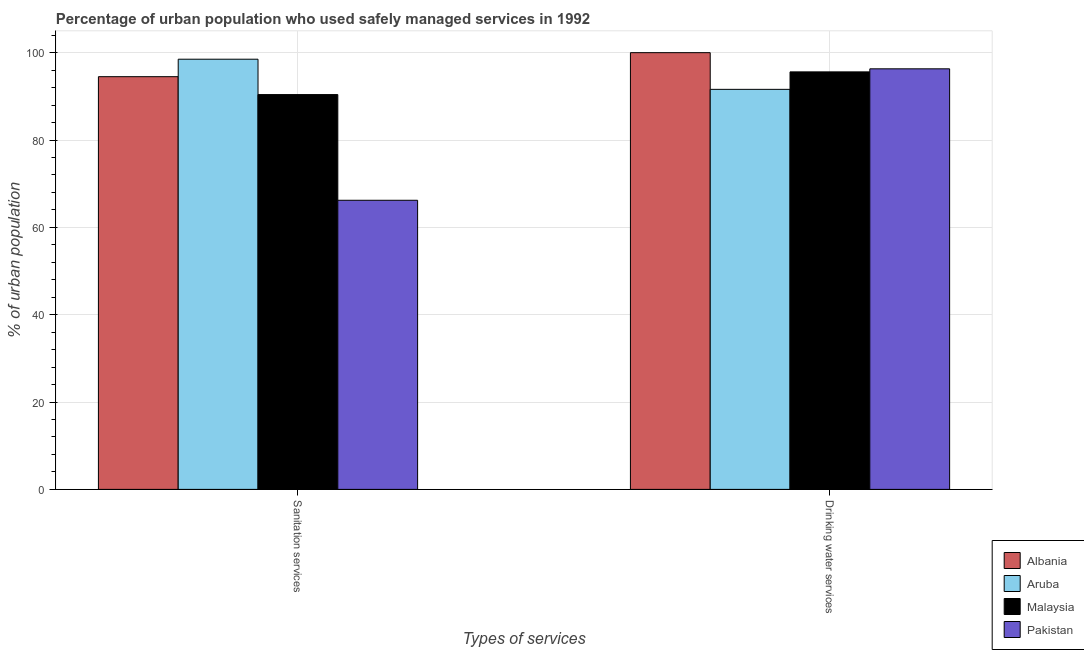
| Types of services | Albania | Aruba | Malaysia | Pakistan |
 | --- | --- | --- | --- | --- |
 | Sanitation services | 94.5 | 98.5 | 90.4 | 66.2 |
 | Drinking water services | 100 | 91.6 | 95.6 | 96.3 |